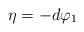
LaTeX: \begin{align*}\eta =-d \varphi_1\end{align*}